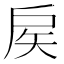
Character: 𢨻